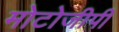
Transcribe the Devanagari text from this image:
मोटोजीपी